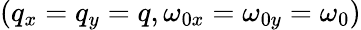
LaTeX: (q_{x}=q_{y}=q,\omega_{0x}=\omega_{0y}=\omega_{0})